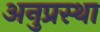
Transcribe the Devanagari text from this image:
अनुप्रस्था